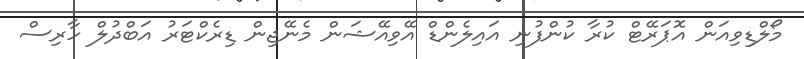
މޯލްޑިވިއަން އޮޕަރޭޓް ކުރާ ކުންފުނި އައިލެންޑް އޭވިއޭޝަން މެނޭޖިން ޑިރެކްޓަރު އަބްދުލް ހާރިސް